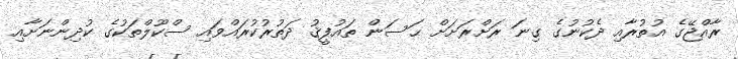
ރާއްޖޭގެ އުތުރާއި ދެކުނުގެ ގިނަ ރަށްރަށަށް ޙަސަން ތައުފީޤު ދަތުރުކުރައްވައި ސްކޫލްތަކުގެ ކުދިންނަށާއި